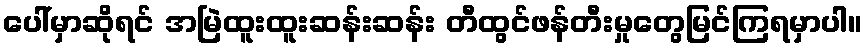
ပေါ်မှာဆိုရင် အမြဲထူးထူးဆန်းဆန်း တီထွင်ဖန်တီးမှုတွေမြင်ကြရမှာပါ။